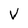
Character: V